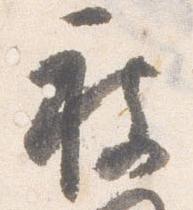
被